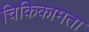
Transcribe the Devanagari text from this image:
चिकिकामता